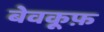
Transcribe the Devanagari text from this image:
बेवकू़फ़